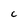
Character: C